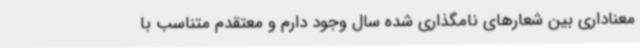
معناداری بین شعارهای نامگذاری شده سال وجود دارم و معتقدم متناسب با